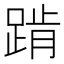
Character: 𰸕